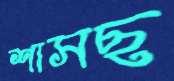
শাসছ